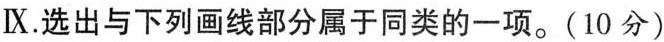
Ⅸ.选出与下列画线部分属于同类的一项.(10分)